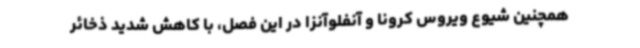
همچنین شیوع ویروس کرونا و آنفلوآنزا در این فصل، با کاهش شدید ذخائر